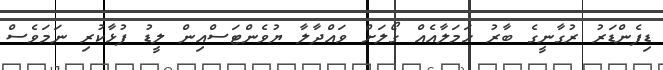
ޑިފެންޑަރު ރުގާނީގެ ބާރު ހަމަލާއެއް ގޯލަށް ވައްދާލާ ޔުވެންޓަސްއިން ލީޑު ފުޅާކުރި ނަމަވެސް